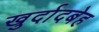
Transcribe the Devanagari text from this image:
खुर्दादबेह